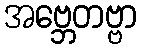
အဗ္ဘေတဗ္ဗာ